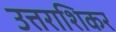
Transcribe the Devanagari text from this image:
उत्तराशिकर